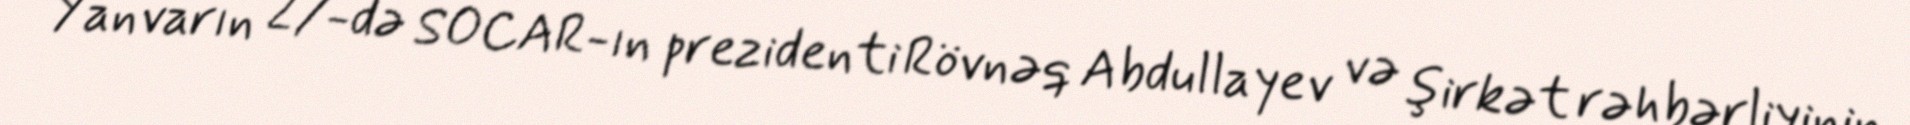
Yanvarın 27-də SOCAR-ın prezidenti Rövnəq Abdullayev və şirkət rəhbərliyinin